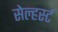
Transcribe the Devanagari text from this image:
सेल्हर्स्ट